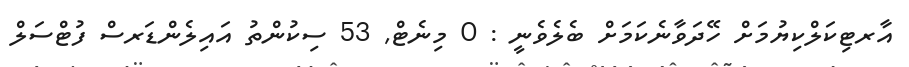
އާރޓިކަލްކިޔުމަށް ހޭދަވާނެކަމަށް ބެލެވެނީ : 0 މިނެޓް